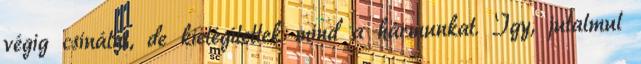
végig csinálni, de kielégítettek mind a hármunkat. Így, jutalmul